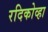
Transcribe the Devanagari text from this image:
रदिकोव्हा